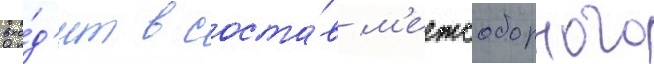
вхо́д'ит в соста́в м'ежсоборного